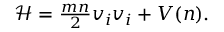
\begin{array} { r } { \mathcal { H } = \frac { m n } { 2 } v _ { i } v _ { i } + V ( n ) . } \end{array}